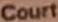
Court